Indian journal of veterinary science and animal husbandry - Volume 10,
Year: 1940
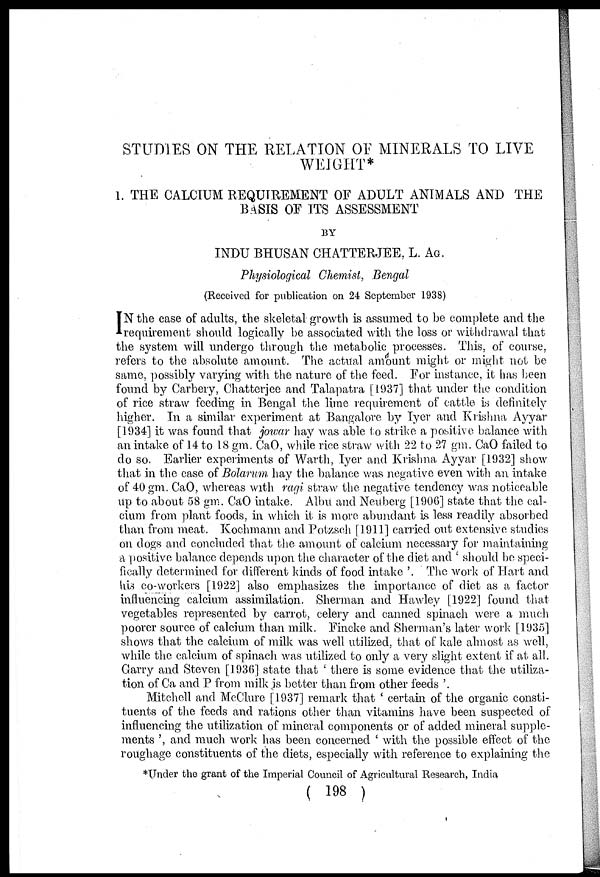
STUDIES ON THE RELATION OF MINERALS TO LIVE
WEIGHT*
1. THE CALCIUM REQUIREMENT OF ADULT ANIMALS AND THE
BASIS OF ITS ASSESSMENT
BY
INDU BHUSAN CHATTERJEE, L. AG.
Physiological Chemist, Bengal
(Received for publication on 24 September 1938)
I N the case of adults, the skeletal growth is assumed to be complete and the
requirement should logically be associated with the loss or withdrawal that
the system will undergo through the metabolic processes. This, of course,
refers to the absolute amount. The actual amount might or might not be
same, possibly varying with the nature of the feed. For instance, it has been
found by Carbery, Chatterjee and Talapatra [1937] that under the condition
of rice straw feeding in Bengal the lime requirement of cattle is definitely
higher. In a similar experiment at Bangalore by Iyer and Krishna Ayyar
[1934] it was found that jowar hay was able to strike a positive balance with
an intake of 14 to 18 gm. CaO, while rice straw with 22 to 27 gm. CaO failed to
do so. Earlier experiments of Warth, Iyer and Krishna Ayyar [1932] show
that in the case of Bolarum hay the balance was negative even with an intake
of 40 gm. CaO, whereas with ragi straw the negative tendency was noticeable
up to about 58 gm. CaO intake. Albu and Neuberg [1906] state that the cal-
cium from plant foods, in which it is more abundant is less readily absorbed
than from meat. Kochmann and Potzsch [1911] carried out extensive studies
on dogs and concluded that the amount of calcium necessary for maintaining
a positive balance depends upon the character of the diet and ' should be speci-
fically determined for different kinds of food intake '. The work of Hart and
his co-workers [1922] also emphasizes the importance of diet as a factor
influencing calcium assimilation. Sherman and Hawley [1922] found that
vegetables represented by carrot, celery and canned spinach were a much
poorer source of calcium than milk. Fincke and Sherman's later work [1935]
shows that the calcium of milk was well utilized, that of kale almost as well,
while the calcium of spinach was utilized to only a very slight extent if at all.
Garry and Steven [1936] state that ' there is some evidence that the utiliza-
tion of Ca and P from milk is better than from other feeds '.
Mitchell and McClure [1937] remark that ' certain of the organic consti-
tuents of the feeds and rations other than vitamins have been suspected of
influencing the utilization of mineral components or of added mineral supple-
ments ', and much work has been concerned ' with the possible effect of the
roughage constituents of the diets, especially with reference to explaining the
*Under the grant of the Imperial Council of Agricultural Research, India
( 198 )